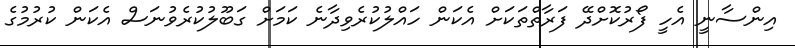
އިންސާނީ އެހީ ފޯރުކޮށްދޭ ފަރާތްތަކަށް އެކަން ހައްލުކުރެވިދާނެ ކަމަށް ގަބޫލުކުރެވުނަސް އެކަން ކުރުމުގެ